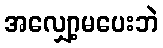
အလျှော့မပေးဘဲ